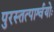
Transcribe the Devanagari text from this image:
पुरस्तत्पार्श्वयोः